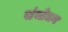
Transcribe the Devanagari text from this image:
संभोधन